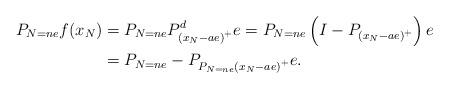
LaTeX: \begin{align*}P_{N=ne}f(x_{N}) & =P_{N=ne}P_{\left( x_{N}-ae\right) ^{+}}^{d}e=P_{N=ne}\left( I-P_{\left( x_{N}-ae\right) ^{+}}\right) e\\& =P_{N=ne}-P_{P_{N=ne}\left( x_{N}-ae\right) ^{+}}e.\end{align*}